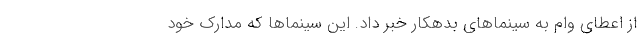
از اعطای وام به سینماهای بدهکار خبر داد. این سینماها که مدارک خود